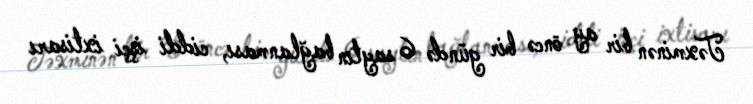
Təxminən bir ay öncə bir gündə 6 saytın bağlanması, ciddi işçi ixtisarı